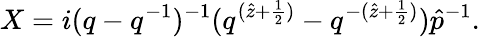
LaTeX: X=i(q-q^{-1})^{-1}(q^{(\hat{z}+\frac{1}{2})}-q^{-(\hat{z}+\frac{1}{2})})\hat{p}^{-1}.